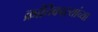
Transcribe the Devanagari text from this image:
क्रांतिकार्‍यांच्या